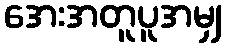
အေးအတူပူအမျှ